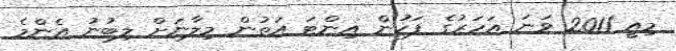
މިއީ 2011 ވަަނަ އަހަރުގެ ފަހުން އިންޓަ އަތުން މިލާނަށް ލިބުނު އެންމެ